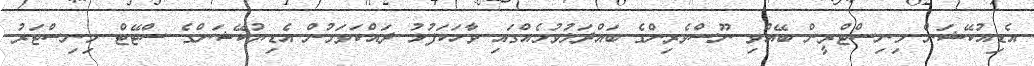
އެޑިއުކޭޝަން މިނިސްޓްރީން ބޭއްވި ނޫސްވެރިންގެ ބައްދަލުވުމެއްގައި ވާހަކަފުޅު ދައްކަވަމުން އެޑިޔުކޭޝަންގެ ސްޓޭޓް މިނިސްޓަރު